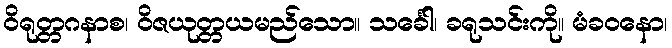
ဝိရုတ္တဂနာစ၊ ဝိဇယုတ္တယမည်သော။ သင်္ခေါ၊ ခရုသင်းကို။ မံခဝနော၊